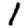
Digit: 1